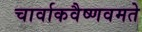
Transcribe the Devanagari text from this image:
चार्वाकवैष्णवमते